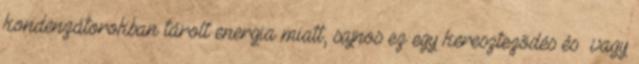
kondenzátorokban tárolt energia miatt, sajnos ez egy keresztezõdés és vagy